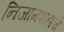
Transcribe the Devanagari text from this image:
निजामशहाचे